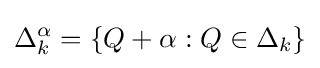
\Delta _{k}^{\alpha }=\{Q+\alpha :Q\in \Delta _{k}\}